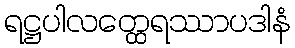
ရဋ္ဌပါလတ္ထေရဿာပဒါနံ